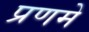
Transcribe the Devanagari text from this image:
प्रणमे